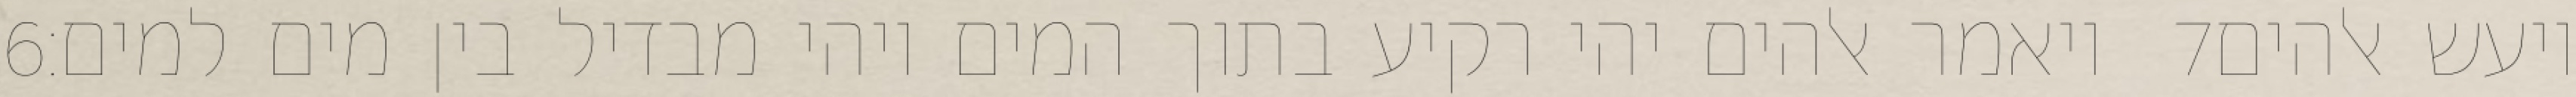
‎6‏ ויאמר אלהים יהי רקיע בתוך המים ויהי מבדיל בין מים למים׃ ‎7‏ ויעש אלהים